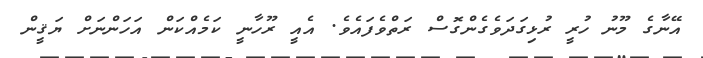
އޭނާގެ މޫނު ހުރީ ރުޅިގަދަވެގެންގޮސް ރަތްވެފައެވެ. އެއީ ރޫހާނީ ކަމެއްކަން އަހަންނަށް ޔަޤީން